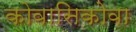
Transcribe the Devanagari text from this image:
कोवासिकोवा